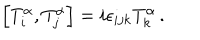
\left[ T _ { i } ^ { \alpha } , T _ { j } ^ { \alpha } \right] = i \epsilon _ { i j k } T _ { k } ^ { \alpha } \, .